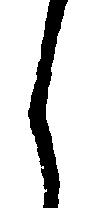
し